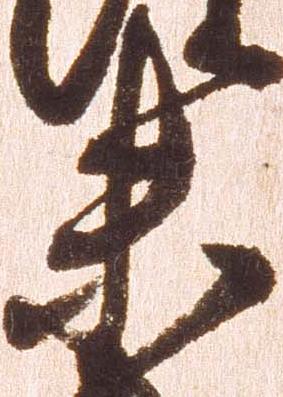
未